Vaccination United Provinces of Agra and Oudh 1902-1913 - 1902-1913
Year: 1902
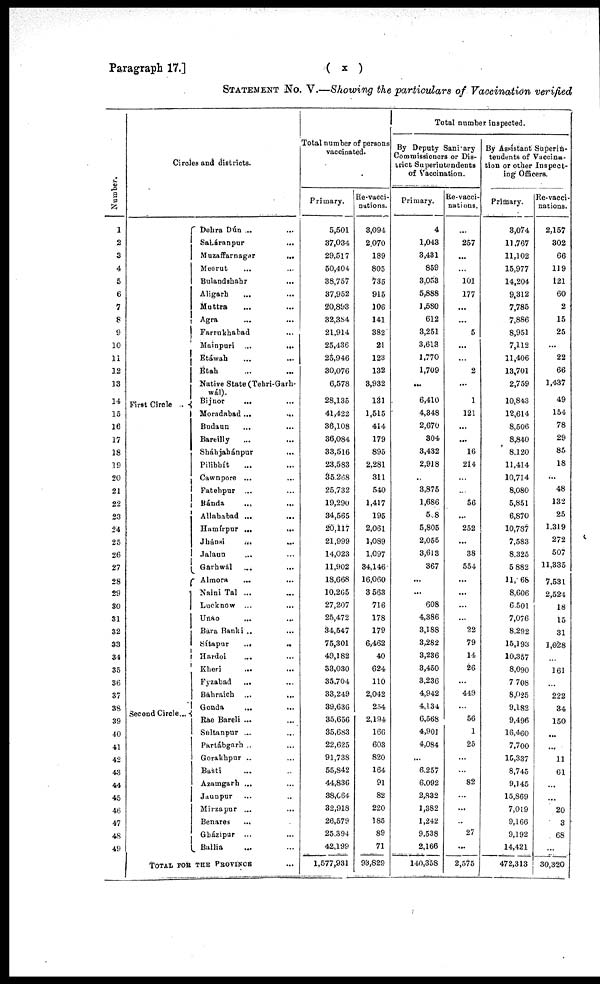
Paragraph 17.]
( x )
STATEMENT No. V.—Showing the particulars of Vaccination verified
Number.
1
2
3
4
5
6
7
8
9
10
11
12
13
14
15
16
17
18
19
20
21
22
23
24
25
26
27
28
29
30
31
32
33
34
35
36
37
38
39
40
41
42
43
44
45
46
47
48
49
Circles and districts.
First Circle ..
Second Circle...
Dehra Dún ... ...
Saháranpur
...
Muzaffarnagar
...
Meerut ... ...
Bulandshahr ...
Aligarh ... ...
Muttra ... ...
Agra ... ...
Farrukhabad ...
Mainpuri ...
...
Etáwah ... ...
Etah ... ...
Native State (Tehri-Garh¬
wál).
Bijnor
... ...
Moradabad ...
...
Budaun ... ...
Bareilly ... ...
Sháhjahánpur
...
Pilibhít ... ...
Cawnpore ... ...
Fatehpur ... ...
Bánda ... ...
Allababad ... ...
Hamírpur ... ...
Jhánsi
...
...
Jalaun ... ...
Garhwál ... ...
Almora ... ...
Naini Tal ... ...
Lucknow ... ...
Unao ... ...
Bara Banki ... ...
Sítapur
...
...
Hardoi ... ...
Kheri ... ...
Fyzabad ... ...
Bahraich ... ...
Gonda ... ...
Rae Bareli ...
Sultanpur ...
Partábgarh ...
Gorakhpur ... ...
Basti ... ...
Azamgarh ... ...
Jaunpur ... ...
Mirzapur ... ...
Benares ... ...
Gházipur ... ...
Ballia ... ...
TOTAL FOR THE PROVINCE ...
Total number of persons
vaccinated.
Primary.
5,501
37,034
29,517
50,404
38,757
37,952
20,893
32,384
21,914
25,436
25,946
30,076
6,578
28,135
41,422
36,108
36,084
33,516
23,583
35,268
25,732
19,290
34,565
20,117
21,999
14,023
11,902
18,668
10,265
27,207
25,472
34,547
75,301
49,182
33,030
35,704
33,249
39,636
35,656
35,683
22,625
91,738
55,842
44,836
38,064
32,918
26,579
25,394
42,199
1,577,931
Re-vacci-
nations.
3,094
2,070
189
805
735
915
106
141
382
21
123
132
3,932
131
1,515
414
179
895
2,281
311
540
1,417
195
2,061
1,089
1,097
34,146
16,060
3,563
716
178
179
6,462
40
624
110
2,042
254
2,194
166
603
820
164
91
82
220
185
89
71
93,829
Total number inspected.
By Deputy Sanitary
Commissioners or Dis-
trict Superintendents
of Vaccination.
Primary.
4
1,043
3,431
859
3,053
5,888
1,580
612
3,251
3,613
1,770
1,709
...
6,410
4,348
2,670
304
3,432
2,918
...
3,875
1,686
508
5,805
2,055
3,613
367
...
...
608
4,386
3,188
3,282
3,286
3,450
3,236
4,942
4,134
6,568
4,901
4,084
...
6,257
6,092
2,832
1,382
1,242
9,538
2,166
140,358
Re-vacci-
nations.
...
257
...
...
101
177
...
...
5
...
...
2
...
1
121
...
...
16
214
...
...
56
...
252
...
38
554
...
...
...
...
22
79
14
26
...
449
...
56
1
25
...
...
82
...
...
...
27
...
2,575
By Assistant Superin-
tendents of Vaccina-
tion or other Inspect-
ing Officers.
Primary.
3,074
11,767
11,102
15,977
14,204
9,312
7,785
7,886
8,951
7,112
11,406
13,701
2,759
10,843
12,614
8,506
8,840
8,120
11,414
10,714
8,080
5,851
6,870
10,787
7,583
8,325
5,882
11,068
8,606
6,501
7,076
8,292
15,193
10,357
8,090
7,708
8,025
9,182
9,496
16,460
7,700
15,337
8,745
9,145
15,869
7,019
9,166
9,192
14,421
472,313
Re-vacci-
nations.
2,157
302
66
119
121
60
2
15
25
...
22
66
1,437
49
154
78
29
85
18
...
48
132
25
1,319
272
507
11,335
7,531
2,524
18
15
31
1,028
...
161
...
222
34
150
...
...
11
61
...
...
20
3
68
...
30,320